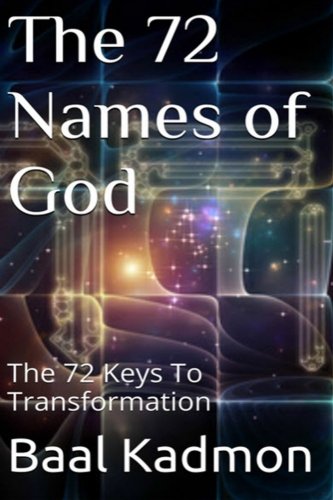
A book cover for The 72 Names of God: The 72 Keys To Transformation (Sacred Names) (Volume 1); Baal Kadmon; Religion & Spirituality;